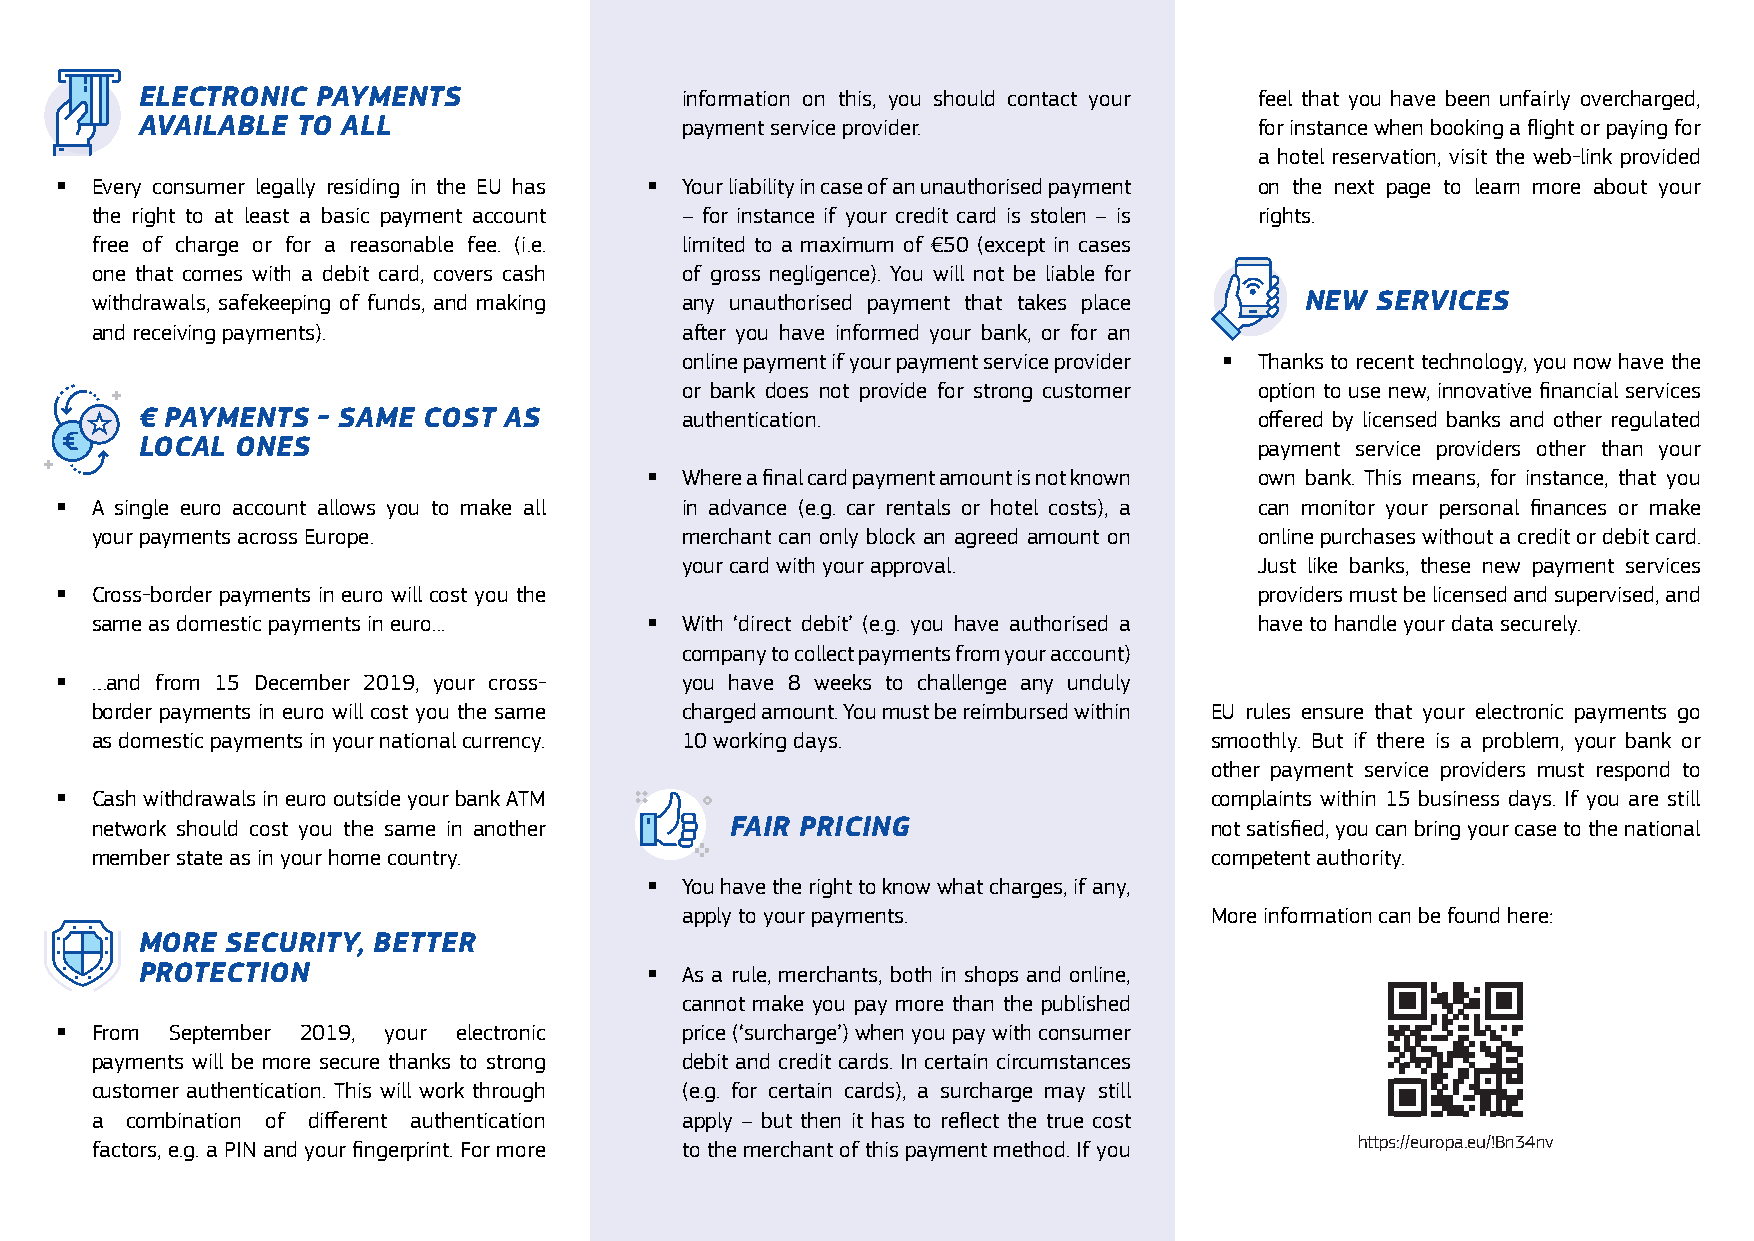
ELECTRONIC  PAYMENTS                information on this, you should contact your feel that you have been unfairly overcharged,
 AVAILABLE  TO ALL                   payment service provider.             for instance when booking a flight or paying for
 a hotel reservation, visit the web-link provided
  Every consumer legally residing in the EU has  Your liability in case of an unauthorised payment on the next page to learn more about your
 the right to at least a basic payment account – for instance if your credit card is stolen – is rights.
 free of charge or for a reasonable fee. (i.e. limited to a maximum of €50 (except in cases
 one that comes with a debit card, covers cash of gross negligence). You will not be liable for
 withdrawals, safekeeping of funds, and making any unauthorised payment that takes place NEW SERVICES
 and receiving payments).               after you have informed your bank, or for an
 online payment if your payment service provider  Thanks to recent technology, you now have the
 or bank does not provide for strong customer option to use new, innovative financial services
 € PAYMENTS  - SAME COST AS          authentication.                       offered by licensed banks and other regulated
 LOCAL  ONES                                                               payment service providers other than your
  Where a final card payment amount is not known own bank. This means, for instance, that you
  A single euro account allows you to make all in advance (e.g. car rentals or hotel costs), a can monitor your personal finances or make
 your payments across Europe.           merchant can only block an agreed amount on online purchases without a credit or debit card.
 your card with your approval.         Just like banks, these new payment services
  Cross-border payments in euro will cost you the                              providers must be licensed and supervised, and
 same as domestic payments in euro...  With ‘direct debit’ (e.g. you have authorised a have to handle your data securely.
 company to collect payments from your account)
  …and from 15 December 2019, your cross- you have 8 weeks to challenge any unduly
 border payments in euro will cost you the same charged amount. You must be reimbursed within EU rules ensure that your electronic payments go
 as domestic payments in your national currency. 10 working days.          smoothly. But if there is a problem, your bank or
 other payment service providers must respond to
  Cash withdrawals in euro outside your bank ATM                            complaints within 15 business days. If you are still
 network should cost you the same in another FAIR PRICING                  not satisfied, you can bring your case to the national
 member state as in your home country.                                     competent authority.
  You have the right to know what charges, if any,
 apply to your payments.            More information can be found here:
 MORE  SECURITY, BETTER
 PROTECTION                         As a rule, merchants, both in shops and online,
 cannot make you pay more than the published
  From September 2019, your electronic   price (‘surcharge’) when you pay with consumer
 payments will be more secure thanks to strong debit and credit cards. In certain circumstances
 customer authentication. This will work through (e.g. for certain cards), a surcharge may still
 a combination of different authentication apply – but then it has to reflect the true cost
 factors, e.g. a PIN and your fingerprint. For more to the merchant of this payment method. If you https://europa.eu/!Bn34nv